King Institute of Preventive Medicine Micro-Biological Section reports 1909-11
Year: 1909
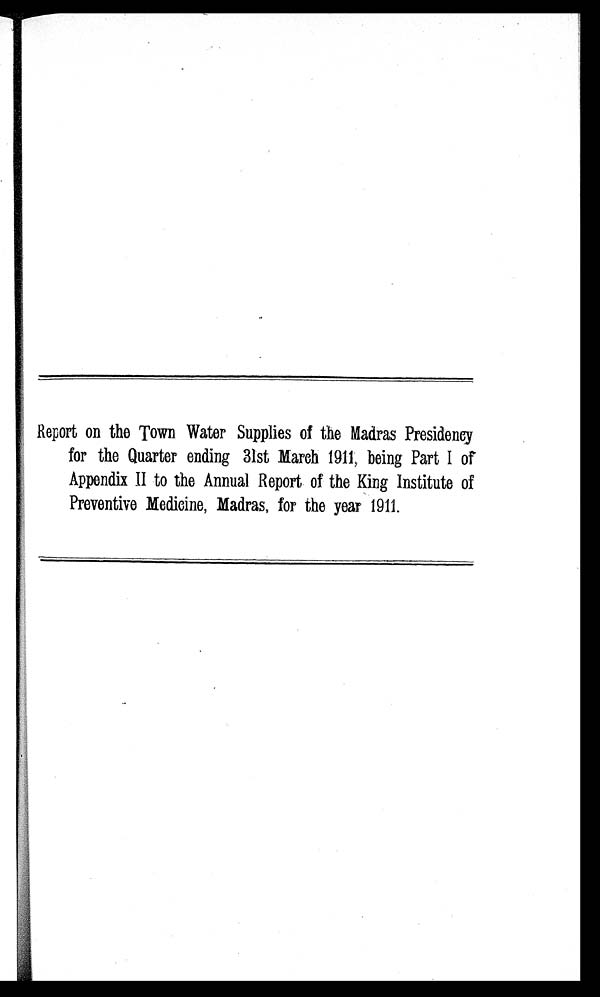
Report on the Town Water Supplies of the Madras Presidency
for the Quarter ending 31st March 1911 ; being Part I of
Appendix II to the Annual Report of the King Institute of
Preventive Medicine, Madras, for the year 1911.